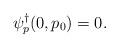
LaTeX: \begin{align*}\psi^\dagger_p(0,p_0) = 0.\end{align*}